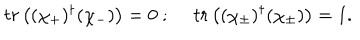
LaTeX: t r \left( ( \chi _ { + } ) ^ { \dagger } ( \chi _ { - } ) \right) = 0 ~ ; ~ ~ t r \left( ( \chi _ { \pm } ) ^ { \dagger } ( \chi _ { \pm } ) \right) = 1 .